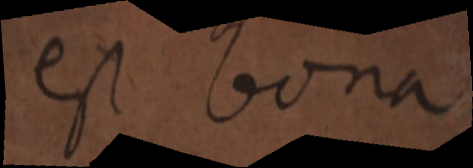
est bona